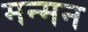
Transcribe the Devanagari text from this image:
मन्मन